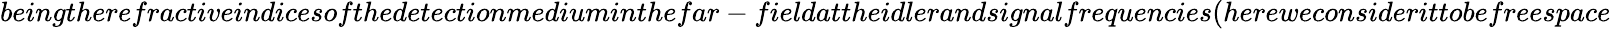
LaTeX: beingtherefractiveindicesofthedetectionmediuminthefar-fieldattheidlerandsignalfrequencies(hereweconsiderittobefreespace